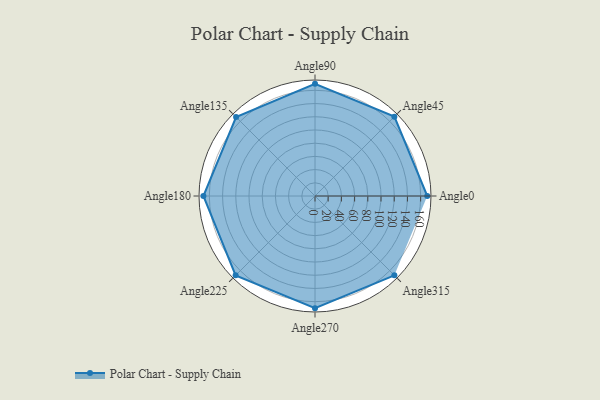
{"axis": {"x": "Angle", "y": "Radius"}, "legend": [""], "data": [{"x": "Angle0", "y": 170.0, "type": ""}, {"x": "Angle45", "y": 170, "type": ""}, {"x": "Angle90", "y": 170, "type": ""}, {"x": "Angle135", "y": 169.0, "type": ""}, {"x": "Angle180", "y": 169.0, "type": ""}, {"x": "Angle225", "y": 170.0, "type": ""}, {"x": "Angle270", "y": 170, "type": ""}, {"x": "Angle315", "y": 170, "type": ""}]}